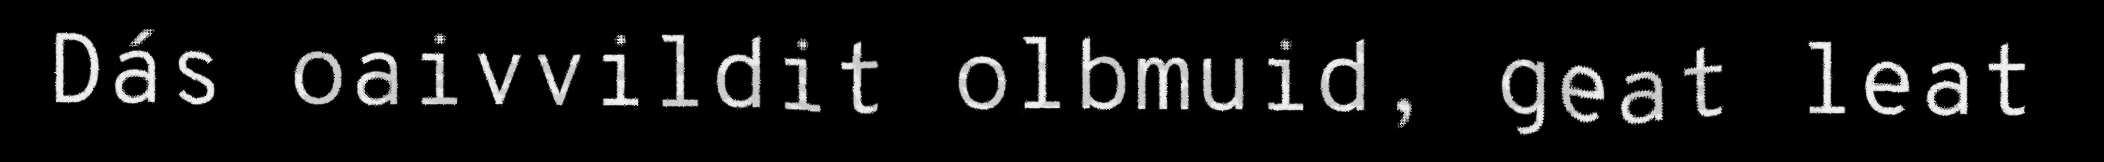
Dás oaivvildit olbmuid, geat leat